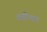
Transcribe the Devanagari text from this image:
स्वीथन